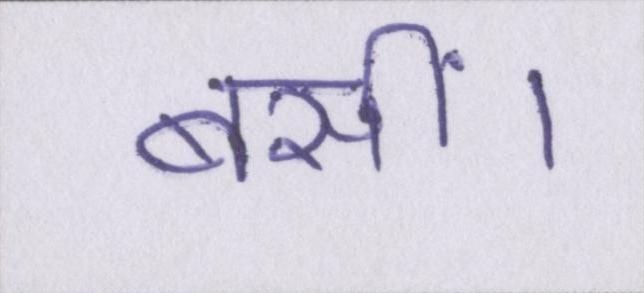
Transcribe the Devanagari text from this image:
बसीं।